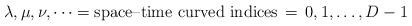
\begin{align*}\lambda,\mu,\nu,\dots = \mbox{space--time curved indices} \, = \, 0,1,\dots,D-1\end{align*}